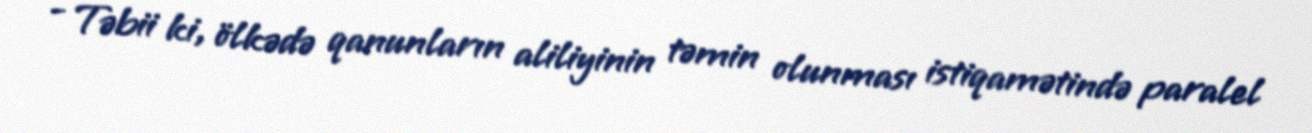
- Təbii ki, ölkədə qanunların aliliyinin təmin olunması istiqamətində paralel